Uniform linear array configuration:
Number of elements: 8
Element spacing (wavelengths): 0.5
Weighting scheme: binomial
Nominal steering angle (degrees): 0
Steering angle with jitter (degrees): -1.181
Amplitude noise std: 0.05
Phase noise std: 0.05

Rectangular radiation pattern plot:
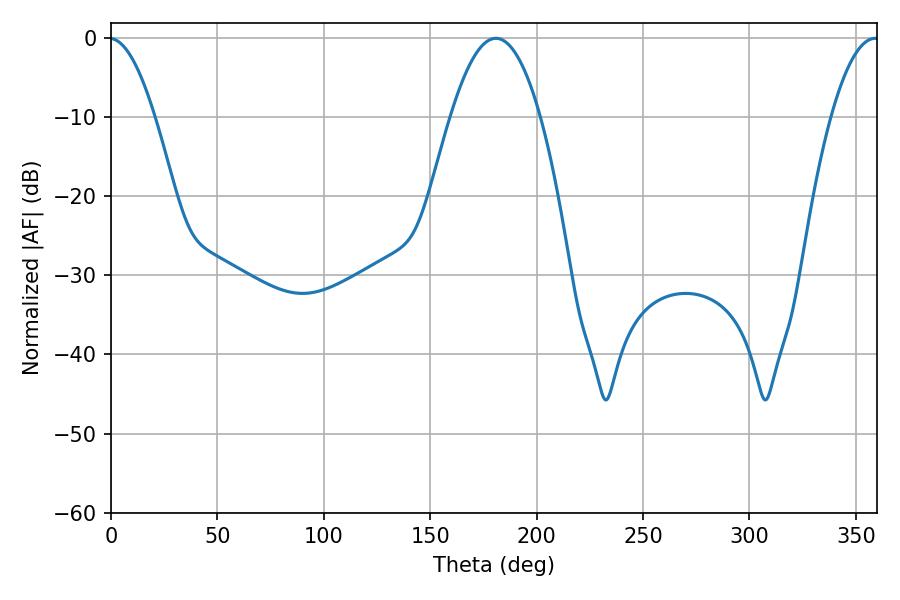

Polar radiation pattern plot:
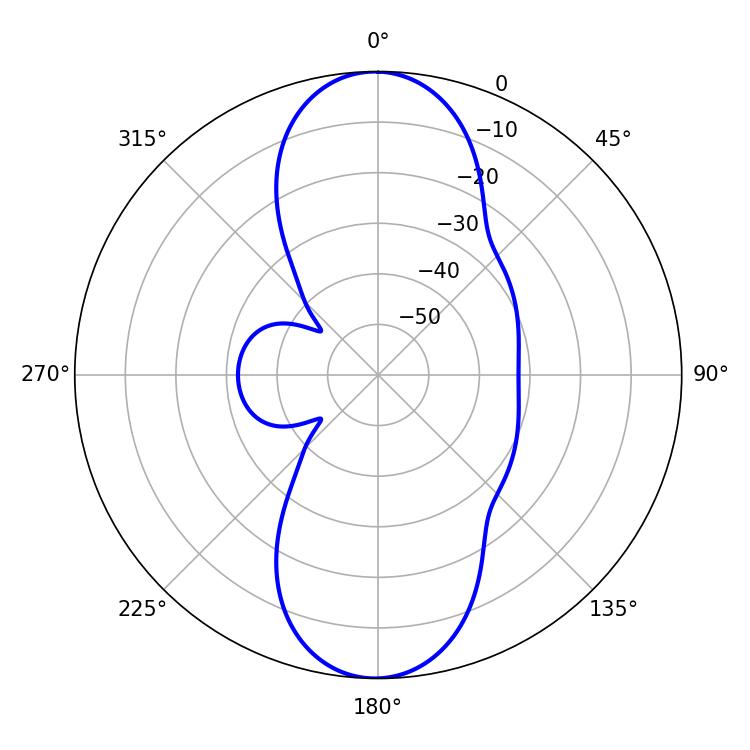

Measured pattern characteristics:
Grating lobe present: FALSE
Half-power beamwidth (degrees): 23.22
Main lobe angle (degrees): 180.9